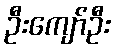
ဦးကျော်ဦး